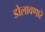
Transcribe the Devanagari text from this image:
डोलावणारे